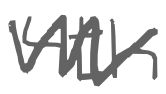
Text: 4th
Cross-out: zig-zag
Writing tool: digital_gray